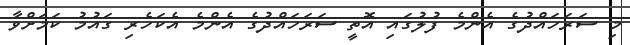
މި ސަރަހައްދުގެ އެންމެ ފުލުގައި އޮތީ ސަރަހައްދުގެ އެންމެ އެކަހެރި ގައުމު ކަމަށްވާ